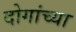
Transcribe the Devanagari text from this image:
दोगांच्या